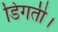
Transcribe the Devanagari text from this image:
डिगती।